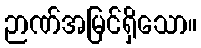
ဉာဏ်အမြင်ရှိသော။